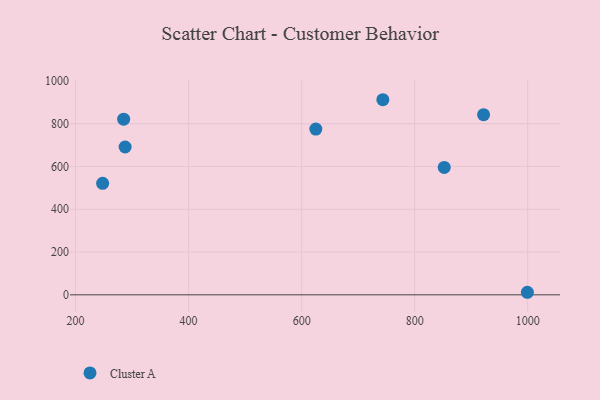
{"axis": {"x": "Investment", "y": "Yield"}, "legend": ["Cluster A"], "data": [{"x": "287.7", "y": 691.1, "type": "Cluster A"}, {"x": "852.3", "y": 595.8, "type": "Cluster A"}, {"x": "999.4", "y": 11.9, "type": "Cluster A"}, {"x": "285.1", "y": 821.2, "type": "Cluster A"}, {"x": "625.1", "y": 775.2, "type": "Cluster A"}, {"x": "247.9", "y": 521.5, "type": "Cluster A"}, {"x": "921.9", "y": 842.3, "type": "Cluster A"}, {"x": "743.7", "y": 912.2, "type": "Cluster A"}]}